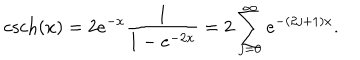
\mathrm { c s c h } ( x ) = 2 e ^ { - x } \frac { 1 } { 1 - e ^ { - 2 x } } = 2 \sum _ { j = 0 } ^ { \infty } e ^ { - ( 2 j + 1 ) x } .